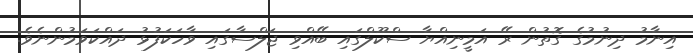
އިނާމު ދިނުމުގެ ގޮތުން ރޭ އަމީނިއްޔާ ސްކޫލްގައި ބޭއްވި ޖަލްސާގައި ވާހަކަފުޅު ދައްކަވަމުންނެވެ.